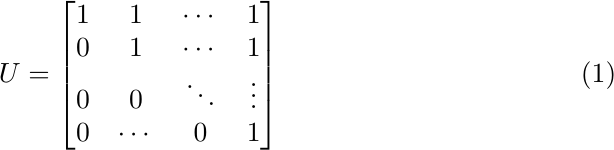
\begin{equation}
U=\begin{bmatrix}
1 & 1 & \cdots & 1 \\
 0 & 1 & \cdots & 1 \\
	0 & 0  &  \ddots & \vdots \\
	0 & \cdots & 0 & 1
\end{bmatrix}
\label{eq19}
\end{equation}